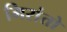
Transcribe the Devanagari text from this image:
मिरांतो